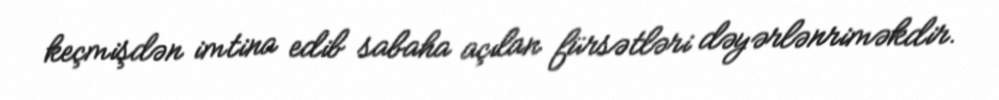
keçmişdən imtina edib sabaha açılan fürsətləri dəyərlənriməkdir.